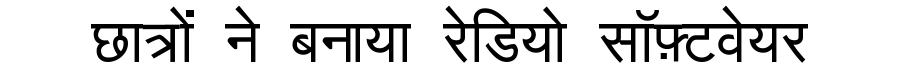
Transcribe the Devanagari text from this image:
छात्रों ने बनाया रेडियो सॉफ़्टवेयर